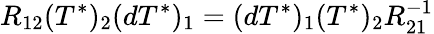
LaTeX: R_{12}(T^{*})_{2}(dT^{*})_{1}=(dT^{*})_{1}(T^{*})_{2}R_{21}^{-1}